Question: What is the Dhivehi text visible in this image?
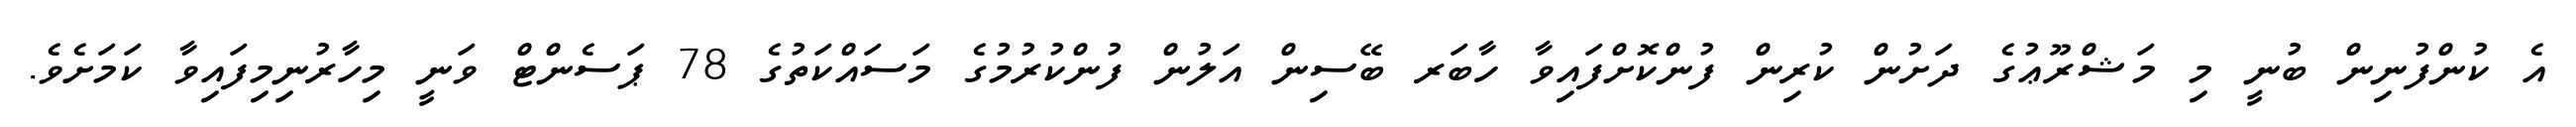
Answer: އެ ކުންފުނިން ބުނީ މި މަޝްރޫޢުގެ ދަށުން ކުރިން ފުންކޮށްފައިވާ ހާބަރ ބޭސިން އަލުން ފުންކުރުމުގެ މަސައްކަތުގެ 78 ޕަސެންޓް ވަނީ މިހާރުނިމިފައިވާ ކަމަށެވެ.